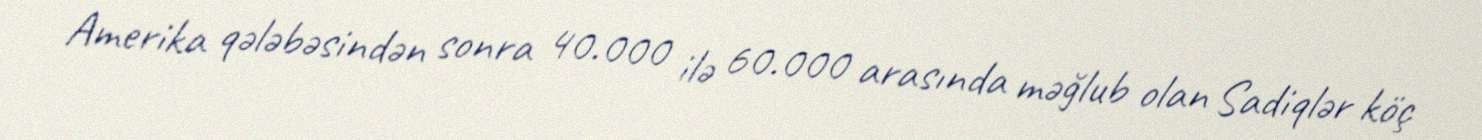
Amerika qələbəsindən sonra 40.000 ilə 60.000 arasında məğlub olan Sadiqlər köç